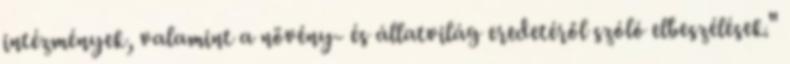
intézmények, valamint a növény- és állatvilág eredetéről szóló elbeszélések."